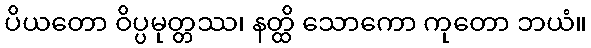
ပိယတော ဝိပ္ပမုတ္တဿ၊ နတ္ထိ သောကော ကုတော ဘယံ။